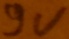
Text: 9V